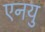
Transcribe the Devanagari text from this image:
एनयु